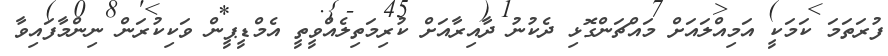
ފުރަތަމަ ކަމަކީ އަމިއްލައަށް މައްޗަންގޮޅި ދެކުނު ދާއިރާއަށް ކުރިމަތިލެއްވީތީ އެމްޑީޕީން ވަކިކުރަން ނިންމާފައިވާ